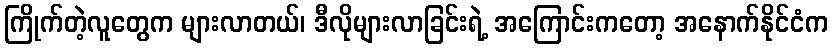
ကြိုက်တဲ့လူတွေက များလာတယ်၊ ဒီလိုများလာခြင်းရဲ့ အကြောင်းကတော့ အနောက်နိုင်ငံက